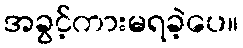
အခွင့်ကားမရခဲ့ပေ။